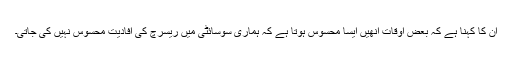
ان کا کہنا ہے کہ بعض اوقات اُنھیں ایسا محسوس ہوتا ہے کہ ہماری سوسائٹی میں ریسرچ کی افادیت محسوس نہیں کی جاتی۔